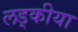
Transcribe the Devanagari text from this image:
लड्कीया